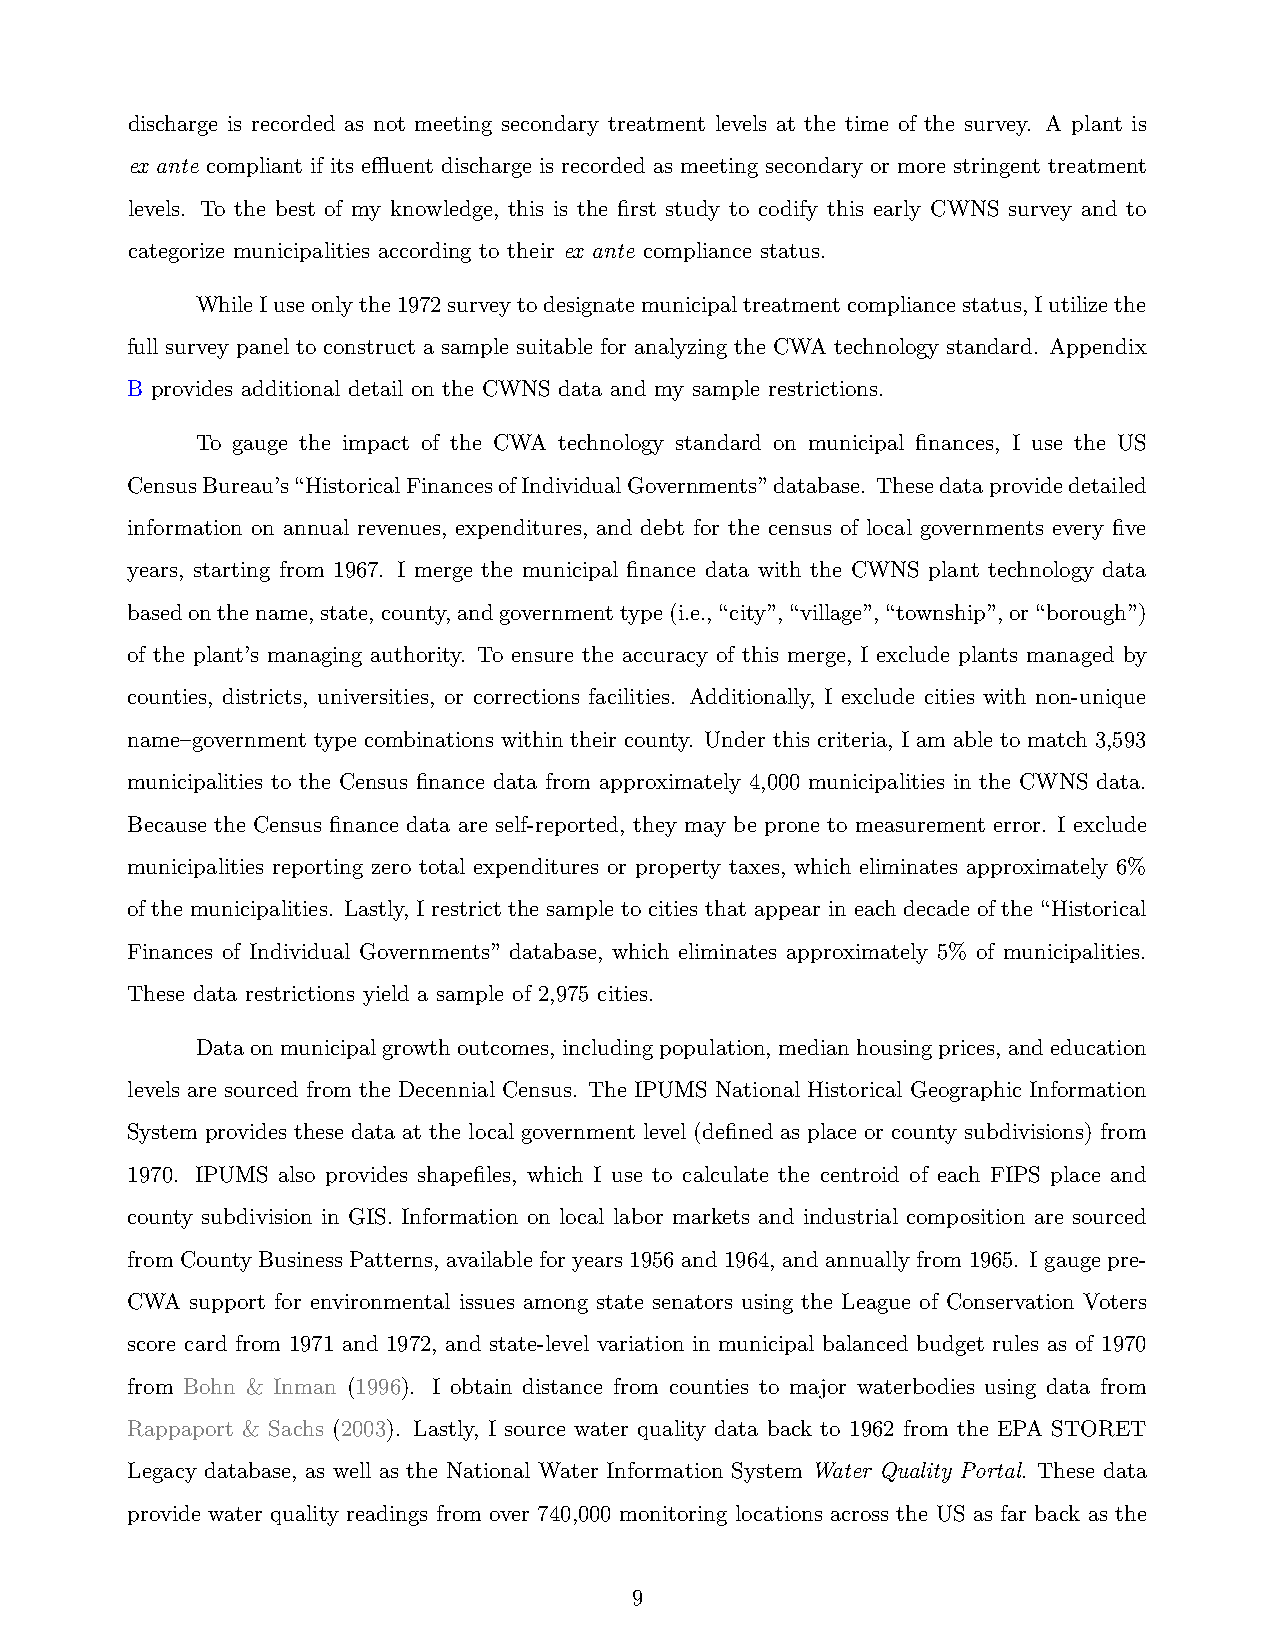
discharge is recorded as not meeting secondary treatment levels at the time of the survey. A plant is
 ex ante compliant if its effluent discharge is recorded as meeting secondary or more stringent treatment
 levels. To the best of my knowledge, this is the first study to codify this early CWNS survey and to
 categorize municipalities according to their ex ante compliance status.
 WhileIuseonlythe1972surveytodesignatemunicipaltreatmentcompliancestatus,Iutilizethe
 full survey panel to construct a sample suitable for analyzing the CWA technology standard. Appendix
 B provides additional detail on the CWNS data and my sample restrictions.
 To gauge the impact of the CWA technology standard on municipal finances, I use the US
 CensusBureau’s“HistoricalFinancesofIndividualGovernments”database. Thesedataprovidedetailed
 information on annual revenues, expenditures, and debt for the census of local governments every five
 years, starting from 1967. I merge the municipal finance data with the CWNS plant technology data
 basedonthename,state,county,andgovernmenttype(i.e.,“city”,“village”,“township”,or“borough”)
 of the plant’s managing authority. To ensure the accuracy of this merge, I exclude plants managed by
 counties, districts, universities, or corrections facilities. Additionally, I exclude cities with non-unique
 name–government type combinations within their county. Under this criteria, I am able to match 3,593
 municipalities to the Census finance data from approximately 4,000 municipalities in the CWNS data.
 Because the Census finance data are self-reported, they may be prone to measurement error. I exclude
 municipalities reporting zero total expenditures or property taxes, which eliminates approximately 6%
 of the municipalities. Lastly, I restrict the sample to cities that appear in each decade of the “Historical
 Finances of Individual Governments” database, which eliminates approximately 5% of municipalities.
 These data restrictions yield a sample of 2,975 cities.
 Dataonmunicipalgrowthoutcomes, includingpopulation, medianhousingprices, andeducation
 levels are sourced from the Decennial Census. The IPUMS National Historical Geographic Information
 System provides these data at the local government level (defined as place or county subdivisions) from
 1970. IPUMS also provides shapefiles, which I use to calculate the centroid of each FIPS place and
 county subdivision in GIS. Information on local labor markets and industrial composition are sourced
 from County Business Patterns, available for years 1956 and 1964, and annually from 1965. I gauge pre-
 CWA  support for environmental issues among state senators using the League of Conservation Voters
 score card from 1971 and 1972, and state-level variation in municipal balanced budget rules as of 1970
 from Bohn & Inman (1996). I obtain distance from counties to major waterbodies using data from
 Rappaport & Sachs (2003). Lastly, I source water quality data back to 1962 from the EPA STORET
 Legacy database, as well as the National Water Information System Water Quality Portal. These data
 provide water quality readings from over 740,000 monitoring locations across the US as far back as the
 9